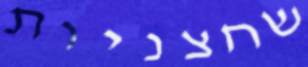
שחצניות